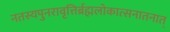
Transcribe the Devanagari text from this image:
नतस्यपुनरावृत्तिर्ब्रह्मलोकात्सनातनात्